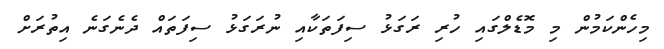
މިހެންކަމުން މި މޮޑެލްގައި ހުރި ރަގަޅު ސިފަތަކާއި ނުރަގަޅު ސިފަތައް ދެނެގަނެ އިތުރަށް